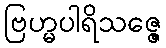
ဗြဟ္မပါရိသဇ္ဇေ